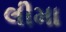
લીમા